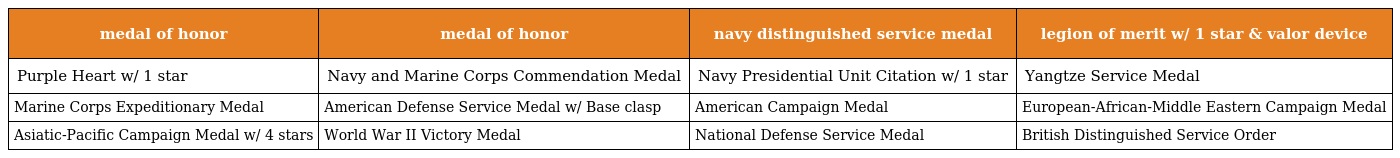
| medal of honor | medal of honor | navy distinguished service medal | legion of merit w/ 1 star & valor device |
 | --- | --- | --- | --- |
 | Purple Heart w/ 1 star | Navy and Marine Corps Commendation Medal | Navy Presidential Unit Citation w/ 1 star | Yangtze Service Medal |
 | Marine Corps Expeditionary Medal | American Defense Service Medal w/ Base clasp | American Campaign Medal | European-African-Middle Eastern Campaign Medal |
 | Asiatic-Pacific Campaign Medal w/ 4 stars | World War II Victory Medal | National Defense Service Medal | British Distinguished Service Order |